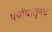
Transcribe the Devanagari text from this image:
पर्यायातूनच